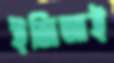
ইজিআই